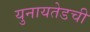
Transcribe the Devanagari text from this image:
युनायतेडची